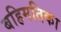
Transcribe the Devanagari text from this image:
बहिमतिका